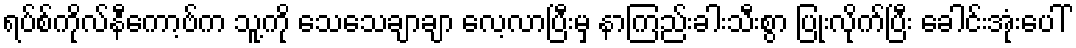
ရပ်စ်ကိုလ်နီကော့ဗ်က သူ့ကို သေသေချာချာ လေ့လာပြီးမှ နာကြည်းခါးသီးစွာ ပြုံးလိုက်ပြီး ခေါင်းအုံးပေါ်